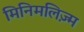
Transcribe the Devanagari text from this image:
मिनिमलिज़्म